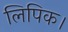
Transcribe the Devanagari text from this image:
लिपिक।